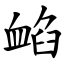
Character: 䘓